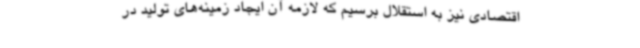
اقتصادی نیز به استقلال برسیم که لازمه آن ایجاد زمینه‌های تولید در